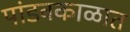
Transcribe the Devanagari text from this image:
पांडवकाळात